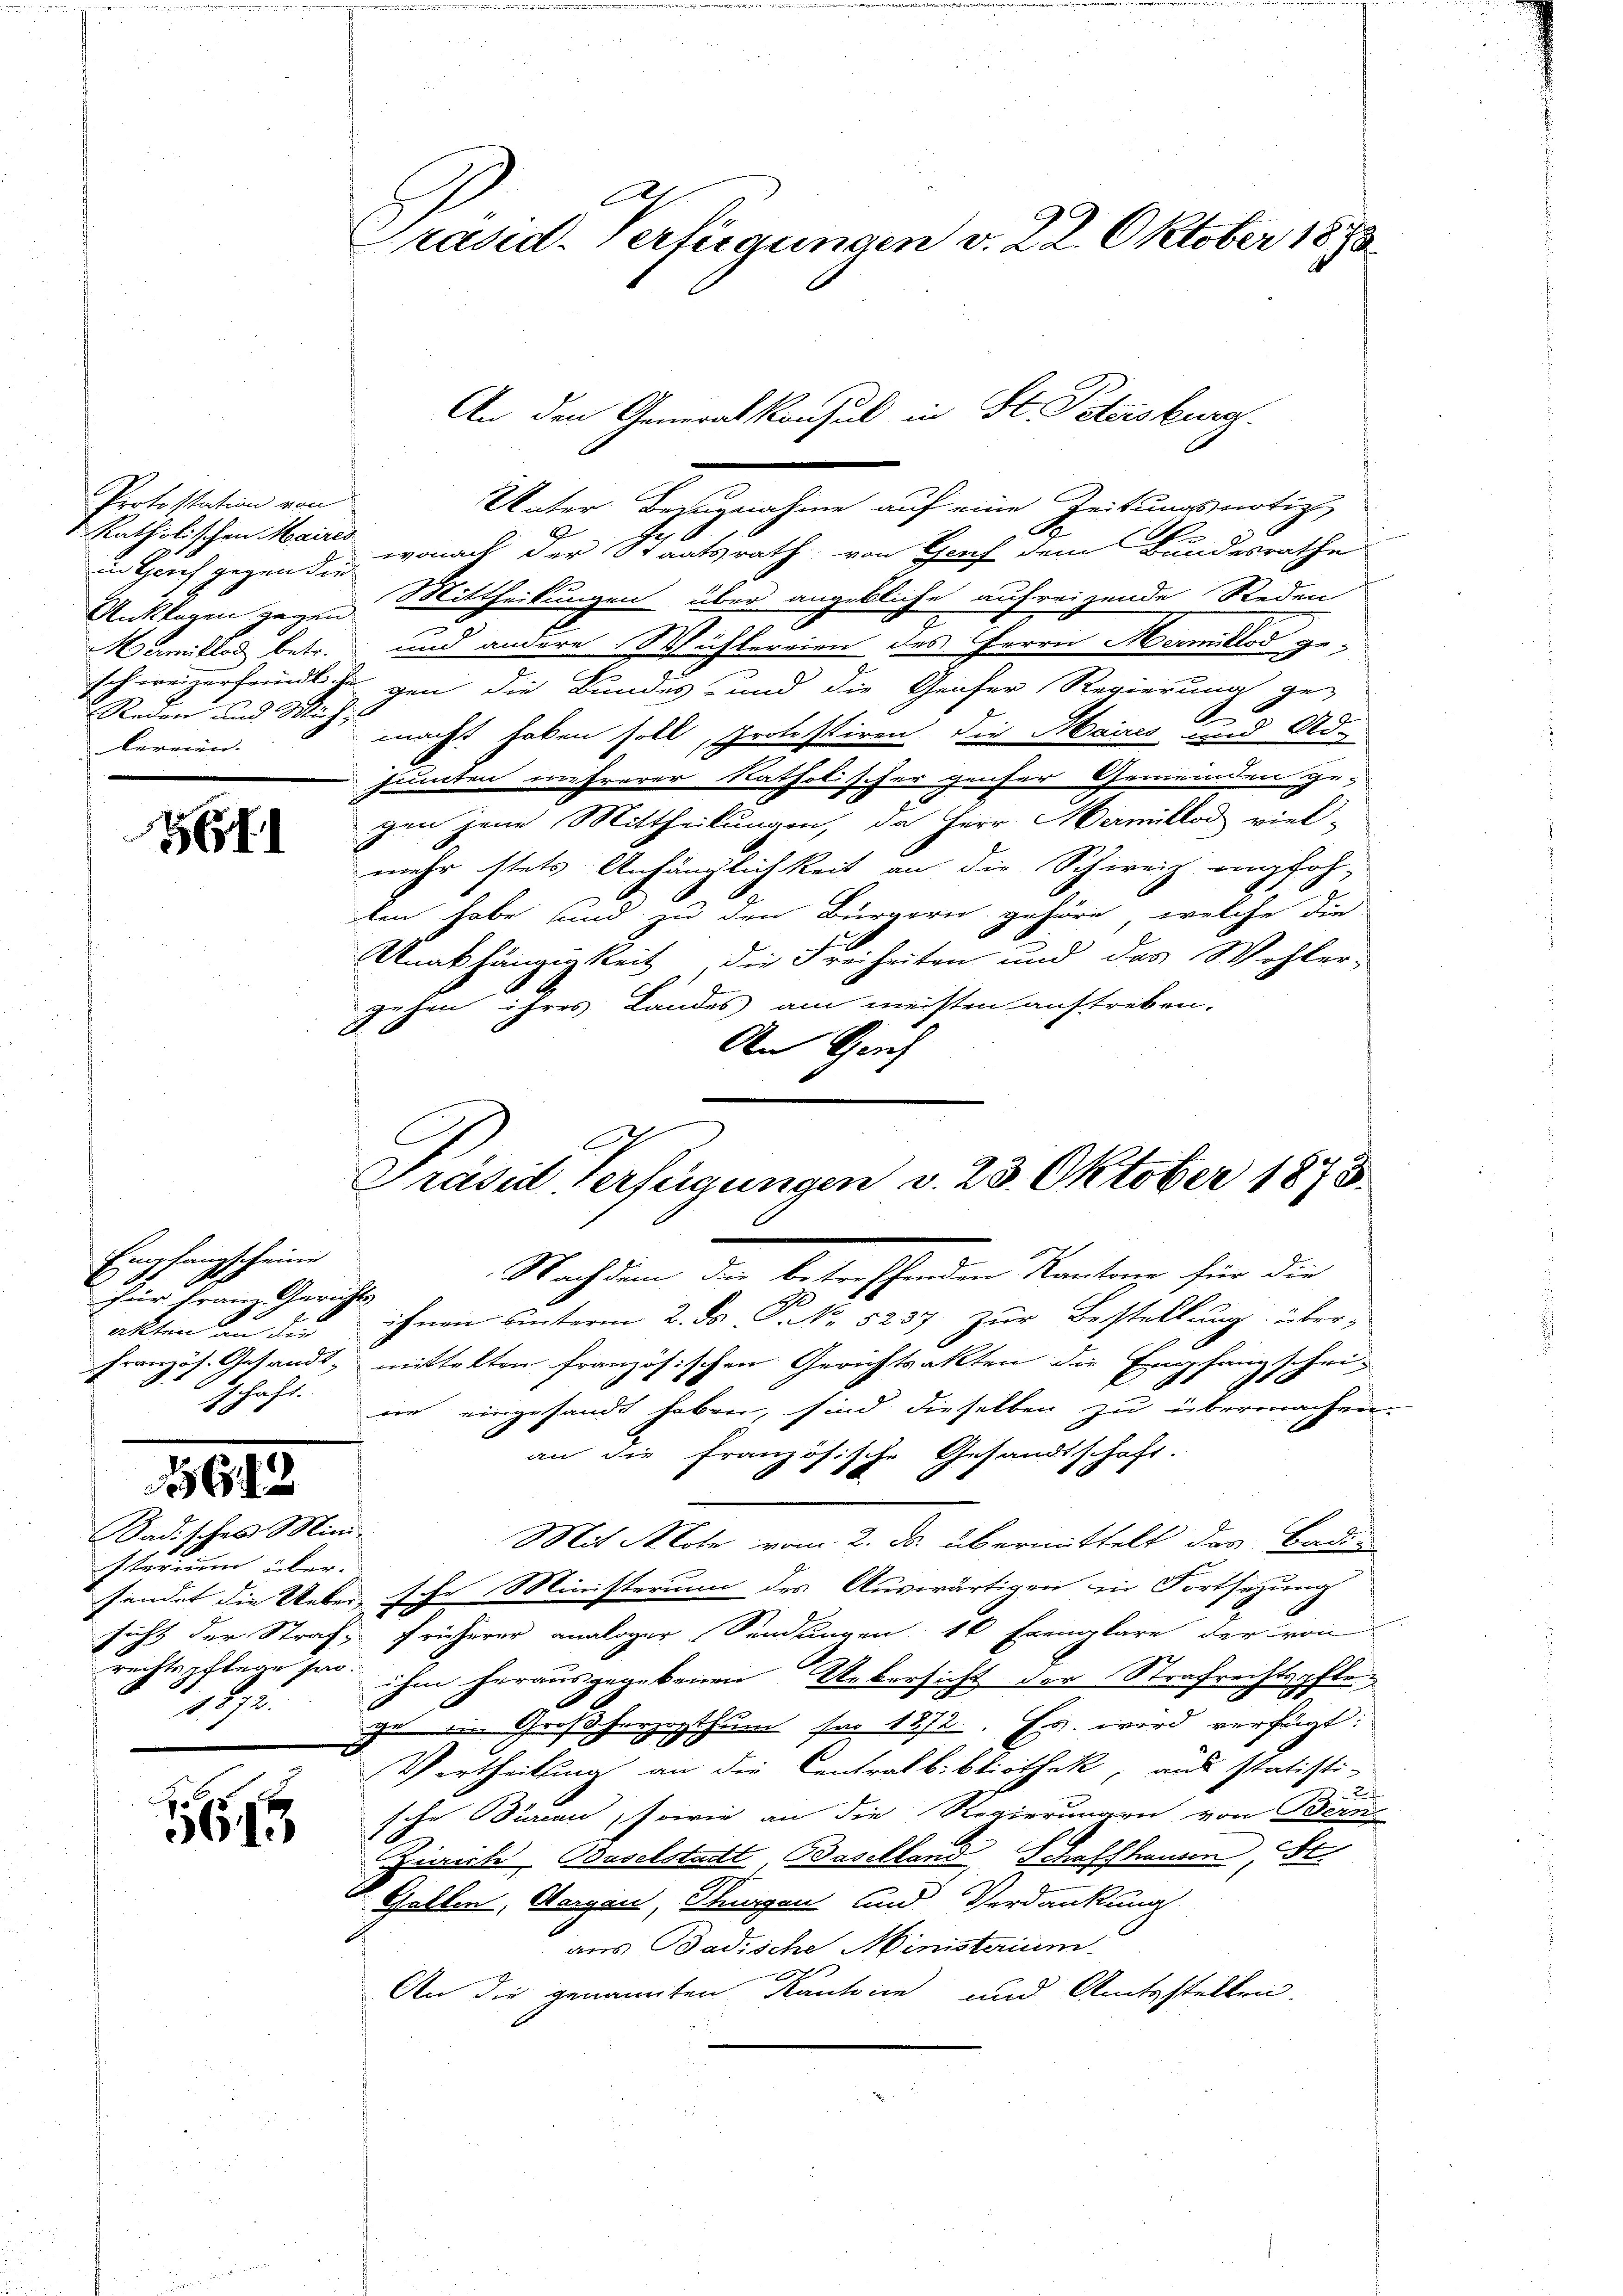
Protestation von
in Gerich gegen die
Mermitten betr.
Reden und Mich
bereien.

GII

Empfangscheine
für franz Gerichts
allten an den
schaft
2

1613

Kadisches Ministerium über-
21

1

.
Präsid. Verfügungen v. 22. Oktober 1880

e
Unter Bezugnahme auf eine Zeitungsnotiz
t
katholischen Maires, wonach der Staatsrath von Hauf dem Bundesrathe
Anklagen gegen Mittheilungen über angebliche aufreigende Reden
und andere Wichlereien des Herrn Mermitlos ge-
schweizerfeindliche gen die Bundes- und die Geiser Regierung ge-
.
macht haben soll, Protestiren, die Maires und Ad-
hönnten mehrerer katholischer genser Gemeinden gegen jene Mittheilungen, da Herr Hermitlod viel-
mehr stets Anhänglichkeit an die Schweiz empfoh-
ten habe sind zu den Bürgern gehöre, welche die
Unabhängigkeit die Freiheiten und das Wohler-
gehen ihres Landes am meisten auftreben.
An Gerich

An den Generalkonsul in St. Petersburg

x
Präsid verfügungen d. 23. Oktober 1875.

Nachdem die betreffenden Kantone für die
ihnen unterm 2. Dr. P. No 5237 zur Bestellung über-
französ. Gesandt, mittelten französischen Gerichtsakten die Empfangschei-
ne eingesandt haben, sind dieselben zu übermachen
an die französische Gesandtschaft.
Mit Klote vom 2. ds. übermittelt das Badisendet die Ueber sehr Ministerium des Auswärtigen in Fortsetzung
sicht der Straf, früherer analoger Sendungen 10 Exemplare der von
rechtspflege sei ihm herausgegebenen Uebersicht der Strafrechtspfletorzogthum für 1872. Es wird verfügt:
get die Große
Vertheilung an die Centralbibliothek, aus statisti-
2
sche Percen, sowie an die Regierungen, von Bern,
Zürich Baselstadt Baselland, Schaffhausen, St.
Gellen, Horgen, Thurgau und Verdankung
aus Badische Ministerium.
.
An die genannten Kantone und Amtsstellen.